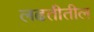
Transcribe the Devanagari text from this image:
लढतीतील